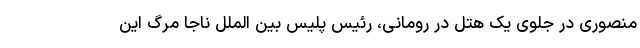
منصوری در جلوی یک هتل در رومانی، رئیس پلیس بین الملل ناجا مرگ این